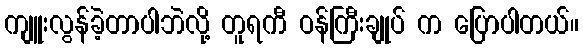
ကျူးလွန်ခဲ့တာပါဘဲလို့ တူရကီ ဝန်ကြီးချုပ် က ပြောပါတယ်။